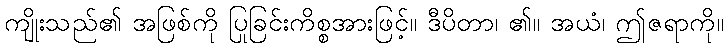
ကျိုးသည်၏ အဖြစ်ကို ပြုခြင်းကိစ္စအားဖြင့်။ ဒီပိတာ၊ ၏။ အယံ၊ ဤဇရာကို။